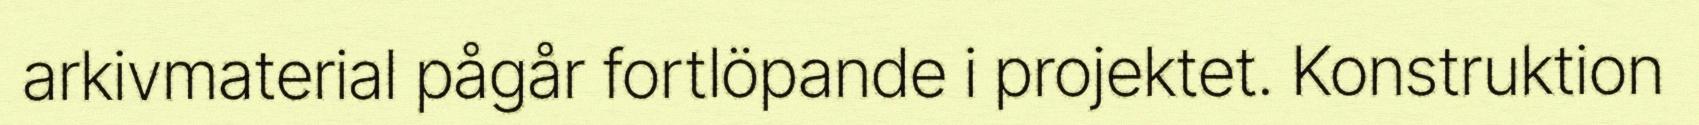
arkivmaterial pågår fortlöpande i projektet. Konstruktion